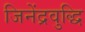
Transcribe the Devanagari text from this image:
जिनेंद्रवुद्धि